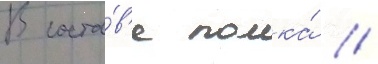
В соста́в'е полка́ /